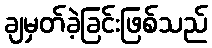
ချမှတ်ခဲ့ခြင်းဖြစ်သည်